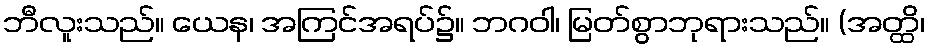
ဘီလူးသည်။ ယေန၊ အကြင်အရပ်၌။ ဘဂဝါ၊ မြတ်စွာဘုရားသည်။ (အတ္ထိ၊